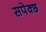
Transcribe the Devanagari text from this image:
सपेक्छ